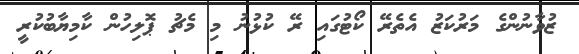
ޒުވާނުންގެ މަރުކަޒު އެތެރޭ ކޯޓުގައި ރޭ ކުޅުނު މި މެޗު ޕޮލިހުން ކާމިޔާބުކުރީ